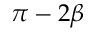
\pi - 2 \beta